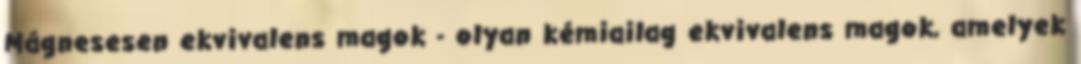
Mágnesesen ekvivalens magok - olyan kémiailag ekvivalens magok, amelyek